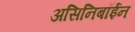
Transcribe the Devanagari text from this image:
असिनिबॉईन